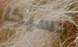
جسيكا